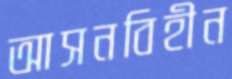
আসনবিহীন